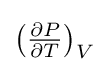
{\textstyle \left({\frac {\partial P}{\partial T}}\right)_{V}}